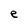
Character: e